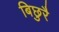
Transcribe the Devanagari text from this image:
बिछुरै